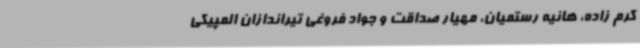
کرم زاده، هانیه رستمیان، مهیار صداقت و جواد فروغی تیراندازان المپیکی